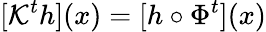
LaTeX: [\mathcal{K}^{t}h](x)=[h\circ\Phi^{t}](x)